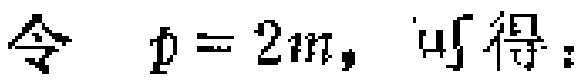
令 \( p = 2m, \) 可得：